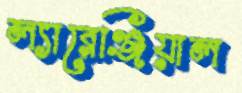
ল্যারেঞ্জিয়াল